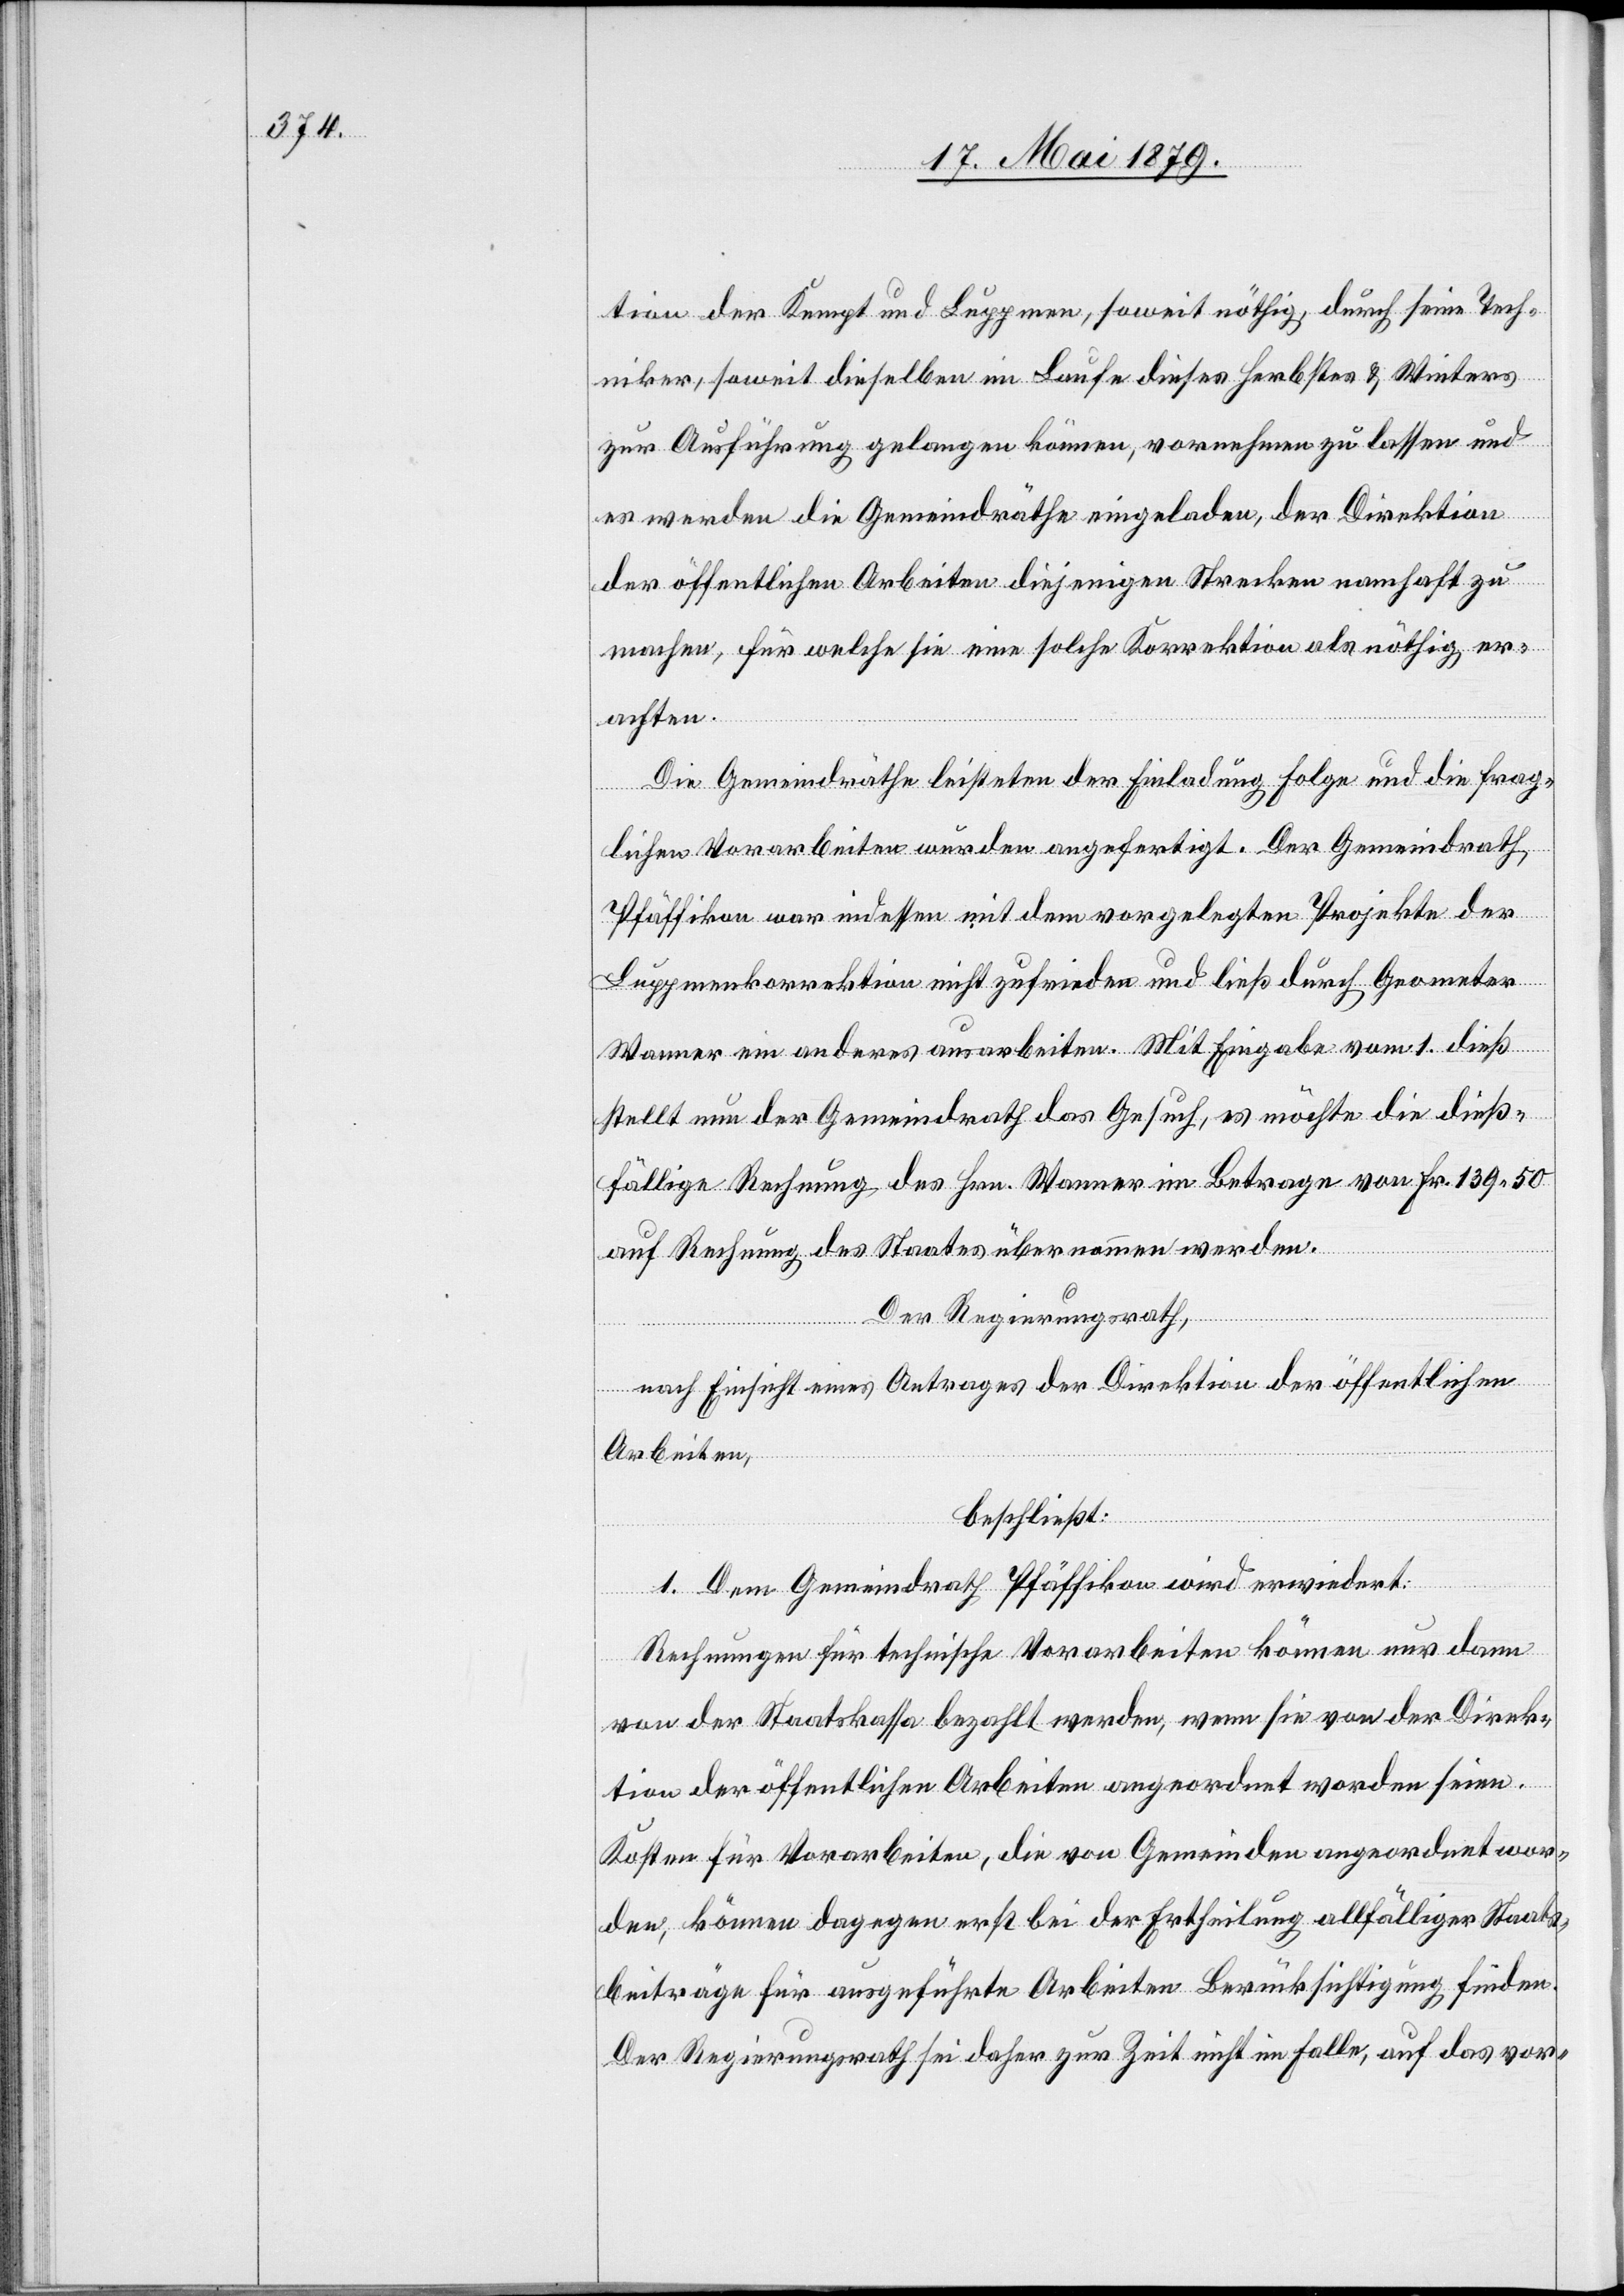
tion der Kempt und Luppmen, soweit nöthig, durch seine Tech¬
niker, soweit dieselben im Laufe dieses Herbstes & Winters
zur Ausführung gelangen können, vornehmen zu lassen und
es werden die Gemeindräthe eingeladen, der Direktion
der öffentlichen Arbeiten diejenigen Strecken namhaft zu
machen, für welche sie eine solche Korrektion als nöthig er¬
achten.
Die Gemeindräthe leisteten der Einladung Folge und die frag¬
lichen Vorarbeiten wurden angefertigt. Der Gemeindrath
Pfäffikon war indessen mit dem vorgelegten Projekte der
Luppmenkorrektion nicht zufrieden und ließ durch Geometer
Wanner ein anderes ausarbeiten. Mit Eingabe vom 1. dieß
stellt nun der Gemeindrath das Gesuch, es möchte die dieß¬
fällige Rechnung des Hrn. Wanner im Betrage von Fr. 139 50
auf Rechnung des Staates übernommen werden.
Der Regierungsrath,
nach Einsicht eines Antrages der Direktion der öffentlichen
Arbeiten,
beschließt:
1. Dem Gemeindrath Pfäffikon wird erwiedert:
Rechnungen für technische Vorarbeiten können nur dann
von der Staatskassa bezahlt werden, wenn sie von der Direk¬
tion der öffentlichen Arbeiten angeordnet worden seien.
Kosten für Vorarbeiten, die von Gemeinden angeordnet wor¬
den, können dagegen erst bei der Ertheilung allfälliger Staats¬
beiträge für ausgeführte Arbeiten Berücksichtigung finden.
Der Regierungsrath sei daher zur Zeit nicht im Falle, auf das vor-